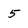
Character: 5